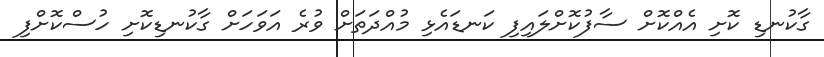
ގާކުނޑި ކޮށި އެއްކޮށް ސާފުކޮށްލައިފި ކަނޑައެޅި މުއްދަތަށް ވުރެ އަވަހަށް ގާކުނޑިކޮށި ހުސްކޮށްފި